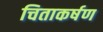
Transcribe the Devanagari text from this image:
चिताकर्षण